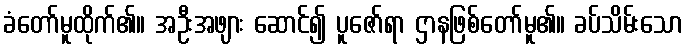
ခံတော်မူထိုက်၏။ အဦးအဖျား ဆောင်၍ ပူဇော်ရာ ဌာနဖြစ်တော်မူ၏။ ခပ်သိမ်းသော